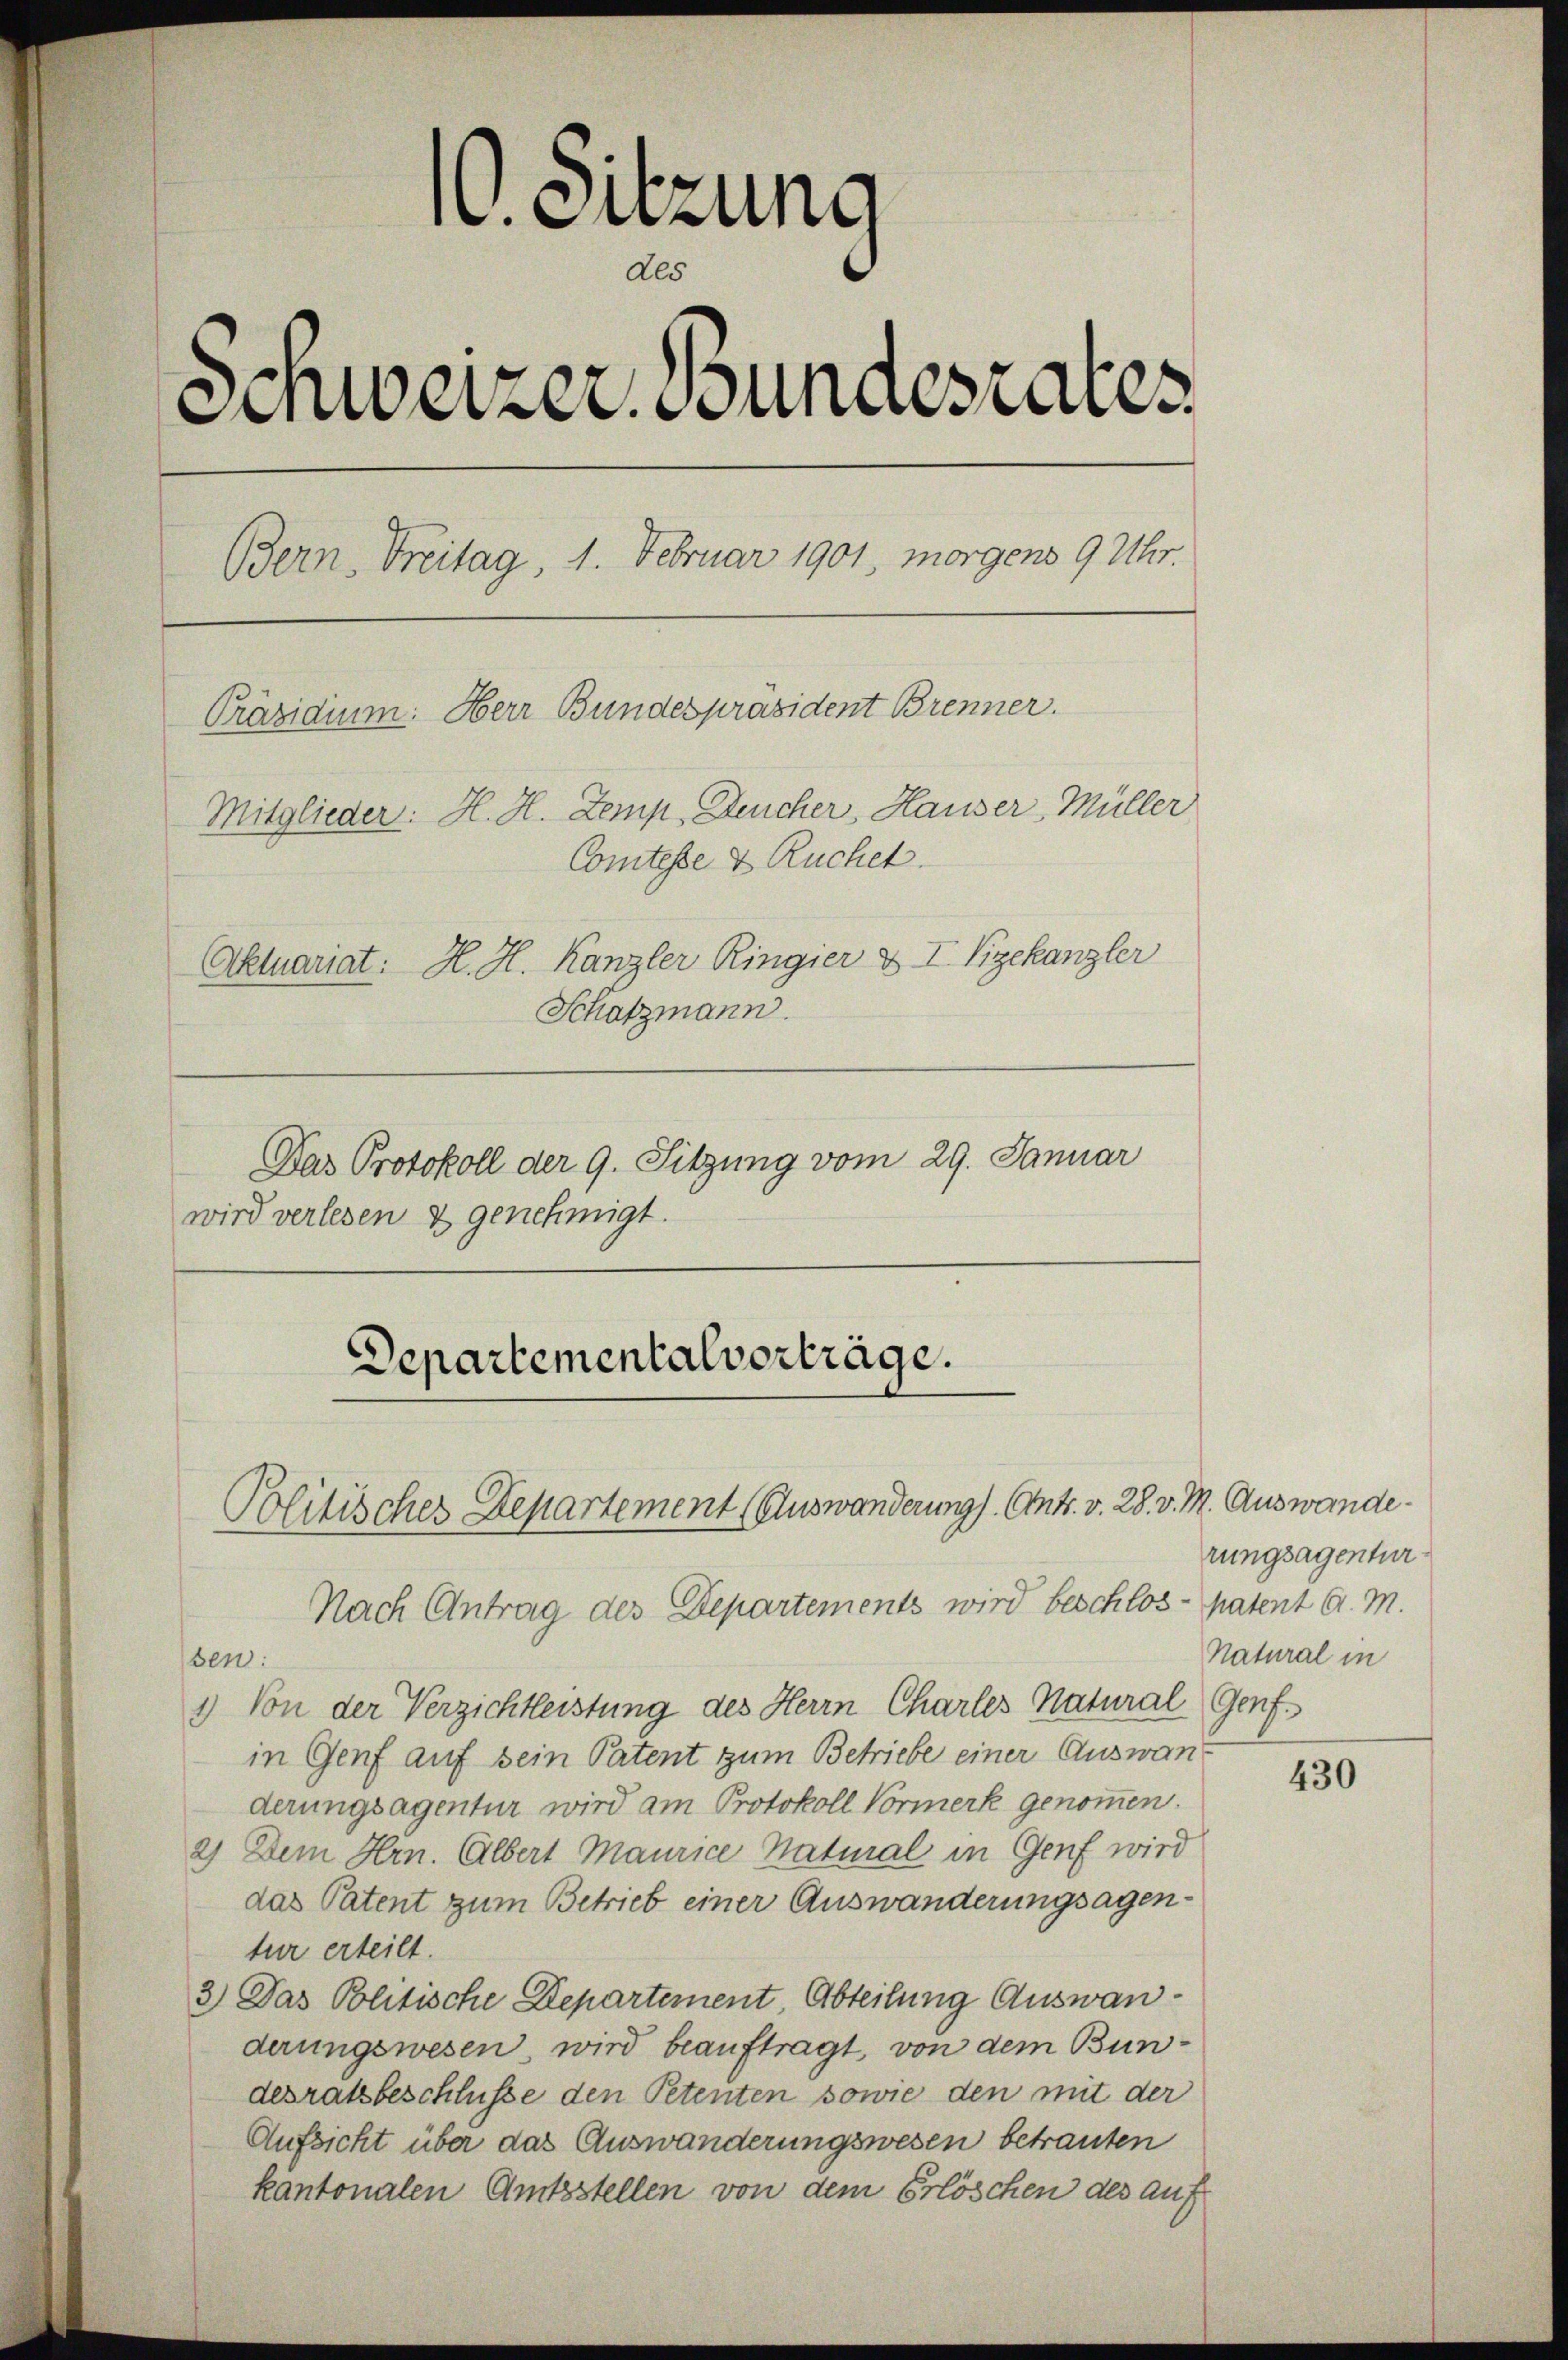
1. Sitzung
des
Schweizer, Soundesrates
Bern, Freitag, 1. Februar 1901, morgens 9 Uhr.
Präsidium. Herr Bundespräsident Brenner.
Mitglieder: H. H. Zemp, Deucher, Hauser-Müller
Comtesse & Ruchet.
Aktuariat: H. H. Kanzler Ringier & I Vizekanzler
Schatzmann.

Das Protokoll der 9. Sitzung vom 29. Januar
wird verlesen & genehmigt.

Departementalverträge.
Politisches Departement (Auswanderung). Ant. v. 28. v. M. Auswande

Nach Antrag des Departements wird beschlos - patent A. M.
sen:
1) Von der Verzichtleistung des Herrn Charles Natural Genfin Genf auf sein Patent zum Betriebe einer Auswanderungsagentur wird am Protokoll Vormerk genommen.
2) Dem Hrn. Albert Maurice Natural in Genf wird
das Patent zum Betrieb einer Auswanderungsagentur erteilt.
3.) Das Politische Departement, Abteilung Auswanderungswesen wird beauftragt, von dem Bundesratsbeschlüsse den Petenten sowie den mit der
Aufsicht über das Auswanderungswesen betrauten
kantonalen Amtsstellen von dem Erlöschen des auf

rungsagentur
Natural in

430